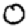
Digit: 0